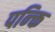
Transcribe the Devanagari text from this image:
पन्क्ति